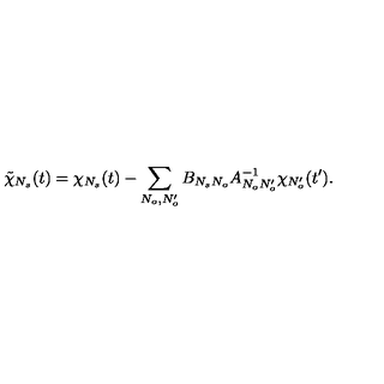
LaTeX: \tilde { \chi } _ { N _ { s } } ( t ) = \chi _ { N _ { s } } ( t ) - \sum _ { N _ { o } , N _ { o } ^ { \prime } } B _ { N _ { s } N _ { o } } A _ { N _ { o } N _ { o } ^ { \prime } } ^ { - 1 } \chi _ { N _ { o } ^ { \prime } } ( t ^ { \prime } ) .